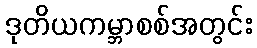
ဒုတိယကမ္ဘာစစ်အတွင်း